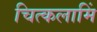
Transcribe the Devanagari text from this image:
चित्कलामिं